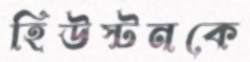
হিউস্টনকে